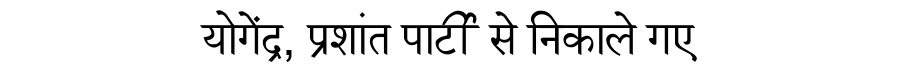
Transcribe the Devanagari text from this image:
योगेंद्र, प्रशांत पार्टी से निकाले गए